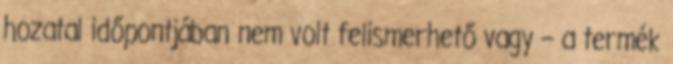
hozatal időpontjában nem volt felismerhető vagy – a termék